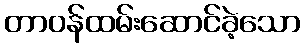
တာဝန်ထမ်းဆောင်ခဲ့သော